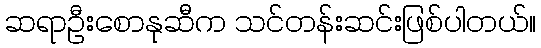
ဆရာဦးစောနုဆီက သင်တန်းဆင်းဖြစ်ပါတယ်။